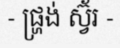
- ផ្ហ្រង់ ស្វ៊័រ -